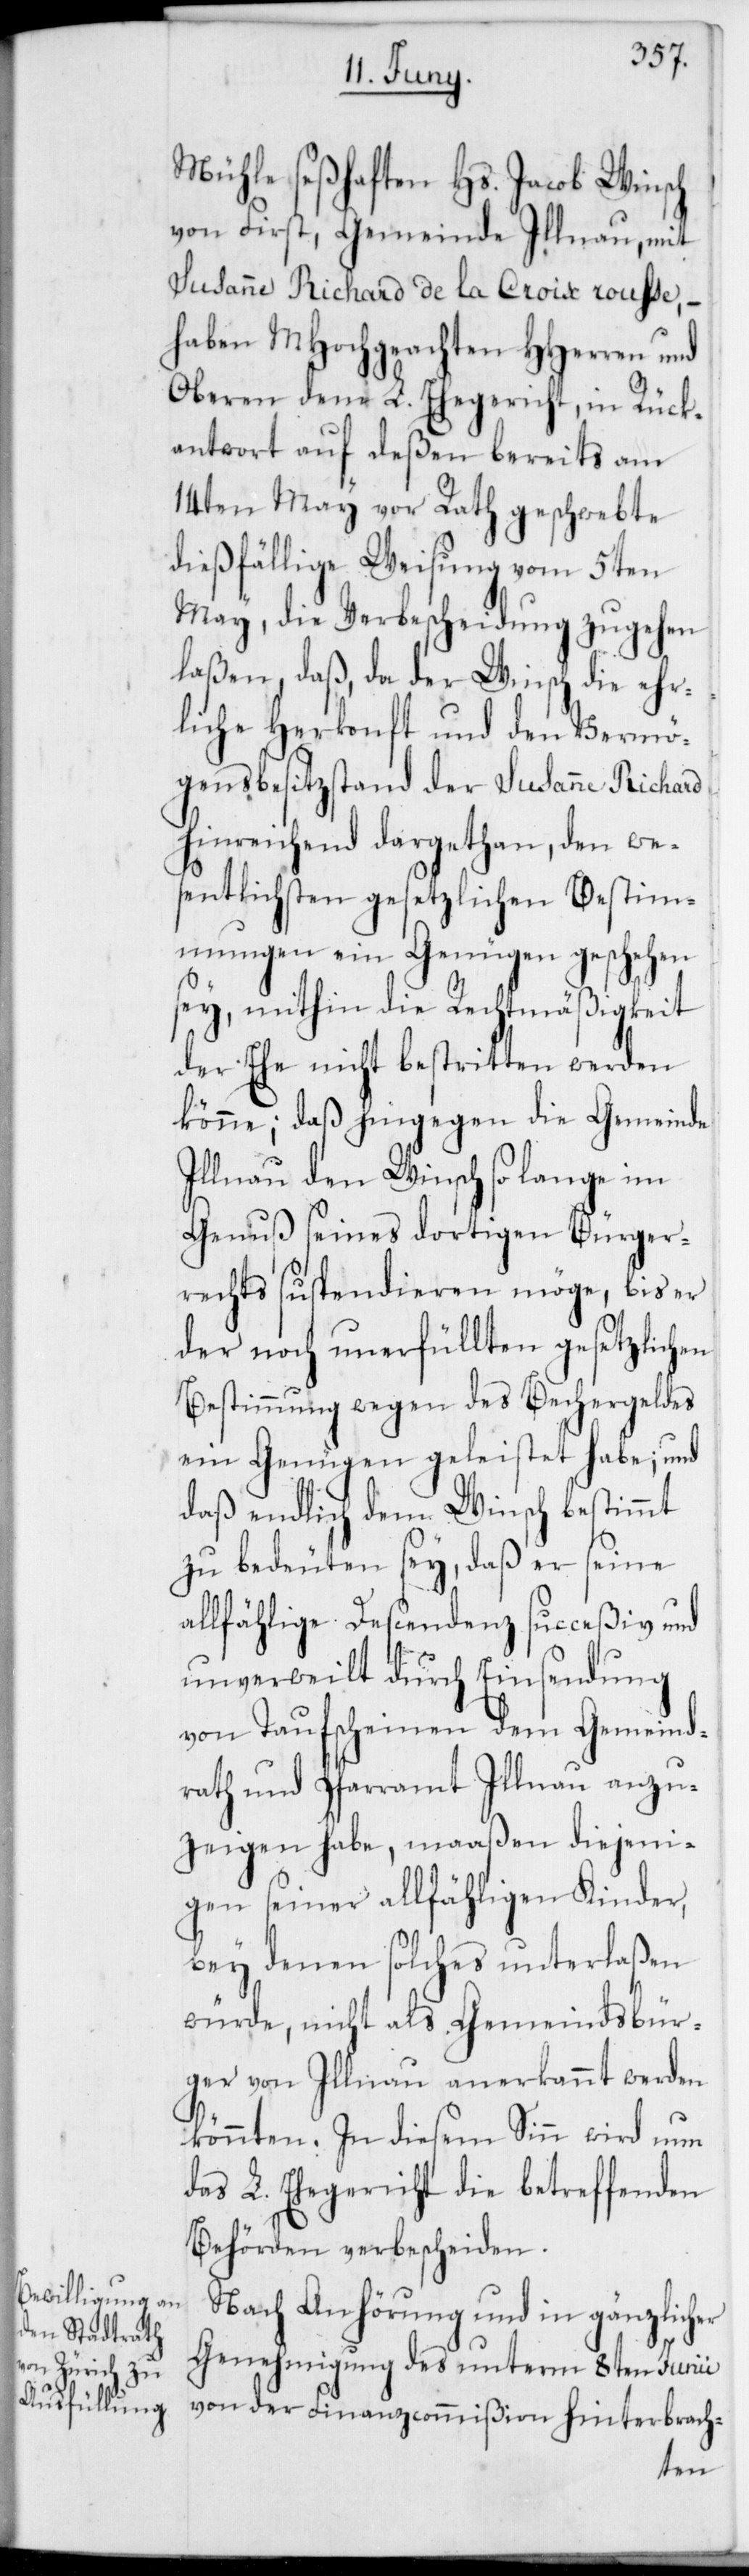
Mühle seßhaften Hs. Jacob Winsch
von First, Gemeinde Illnau, mit
Susanne Richard de la Croix rousse, –
haben MHochgeachten HHerren und
Oberen dem L. Ehegericht, in Rück¬
antwort auf deßen bereits am
14ten May vor Rath geschwebte
dießfällige Weisung vom 5ten
May, die Verbescheidung zugehen
laßen, daß, da der Winsch die ehr¬
liche Herkonft und den Vermö¬
gensbesitzstand der Susanne Richard
hinreichend dargethan, den we¬
sentlichsten gesetzlichen Bestim¬
mungen ein Genügen geschehen
sey, mithin die Rechtmäßigkeit
der Ehe nicht bestritten werden
könne; daß hingegen die Gemeinde
Illnau den Winsch so lange im
Genuß seines dortigen Bürger¬
rechts suspendieren möge, bis er
der noch unerfüllten gesetzlichen
Bestimmung wegen des Bechergeldes
ein Genügen geleistet habe; und
daß endlich dem Winsch bestimmt
zu bedeuten sey, daß er seine
allfählige Descendenz succeßiv und
unverweilt durch Einsendung
von Taufscheinen dem Gemeind¬
rath und Pfarramt Illnau anzu¬
zeigen habe, maaßen diejeni¬
gen seiner allfähligen Kinder,
bey denen solches unterlaßen
würde, nicht als Gemeindsbür¬
ger von Illnau anerkannt werden
könnten. In diesem Sinn wird nun
das L. Ehegericht die betreffenden
Behörden verbescheiden.
Nach Anhörung und in gänzlicher
Genehmigung des unterm 8ten Junii
von der Finanzcommißion hinterbrach-